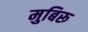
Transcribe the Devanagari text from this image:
मुबिरू